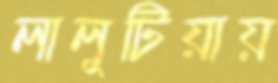
লালুটিয়ায়